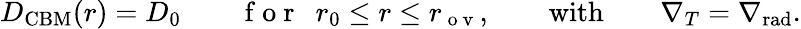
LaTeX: D_{\mathrm{CBM}}(r)=D_{0}\qquad\mathrm{~f~o~r~}\ \ r_{0}\leq r\leq r_{\mathrm{~o~v~}},\qquad\mathrm{with}\qquad\nabla_{T}=\nabla_{\mathrm{rad}}.